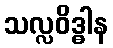
သလ္လဝိဒ္ဓါန